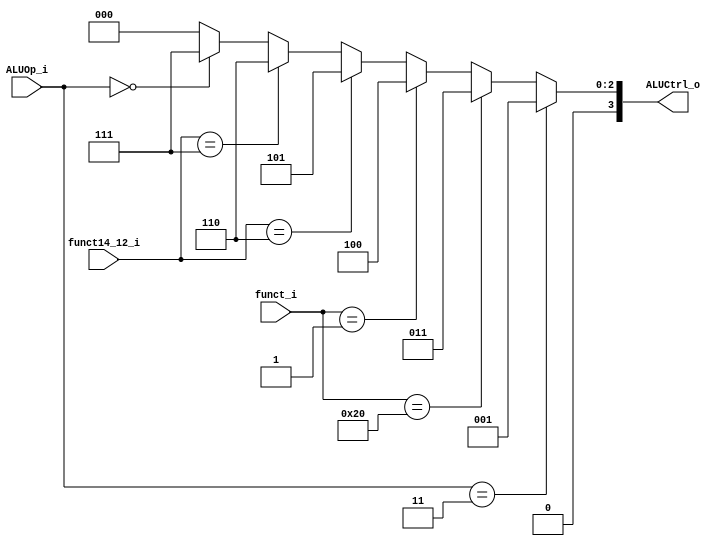
module ALU_Control
(
	funct_i,
	funct14_12_i,
    	ALUOp_i,
    	ALUCtrl_o
);

input [6:0] funct_i;
input [2:0] funct14_12_i;
input [1:0] ALUOp_i;
output [3:0] ALUCtrl_o;

assign ALUCtrl_o = (
	(ALUOp_i == 2'b11) 	  ? 3'b001 : 	// addi
	(funct_i == 7'b0100000)    ? 3'b011 : 	// sub
	(funct_i == 7'b0000001)    ? 3'b100:	// mul
	(funct14_12_i == 3'b110)   ? 3'b101:	// or
	(funct14_12_i == 3'b111)   ? 3'b110:	// and
	(ALUOp_i == 2'b00)         ? 3'b111:	// add
	3'b000					// error
);

endmodule